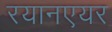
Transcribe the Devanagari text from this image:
रयानएयर